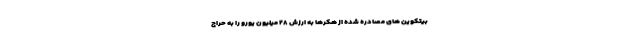
بیتکوین های مصادره شده از هکرها به ارزش ۲۸ میلیون یورو را به حراج